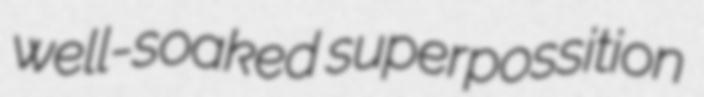
well-soaked superpossition